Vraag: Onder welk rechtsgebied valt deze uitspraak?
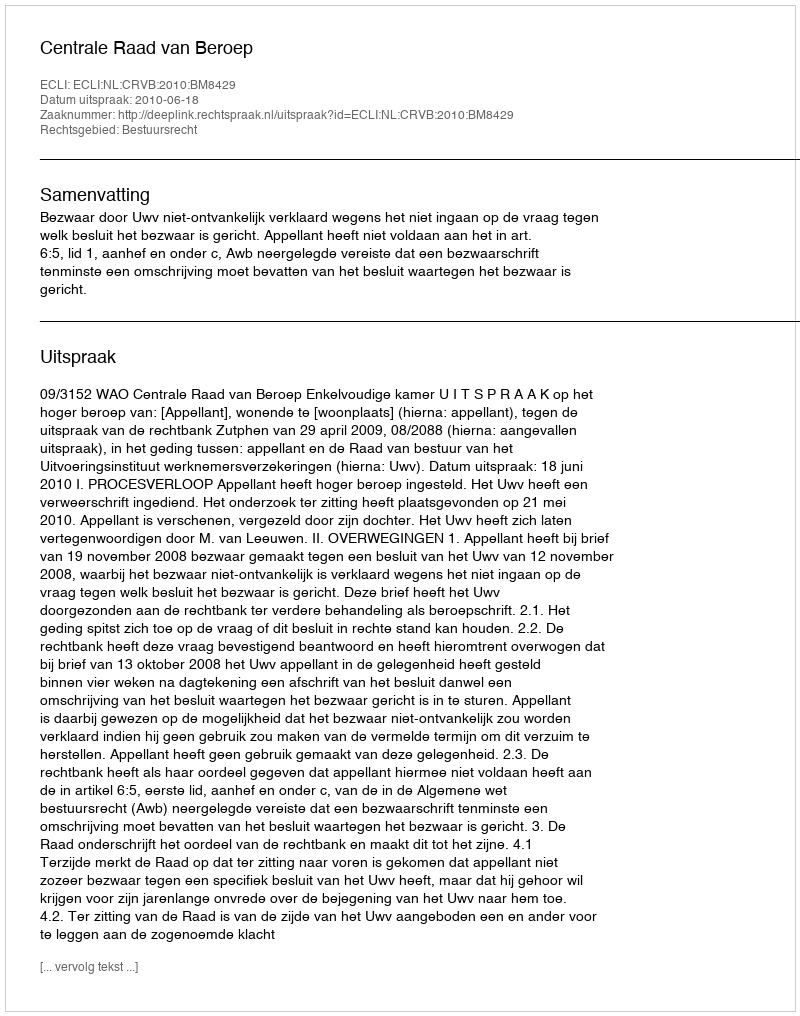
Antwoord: Bestuursrecht